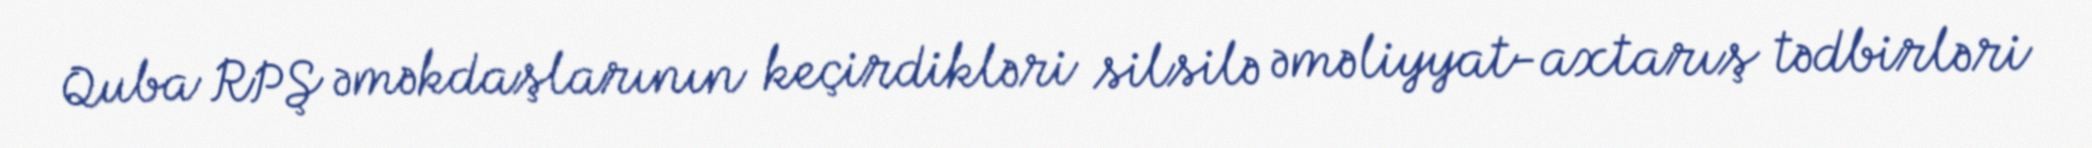
Quba RPŞ əməkdaşlarının keçirdikləri silsilə əməliyyat-axtarış tədbirləri